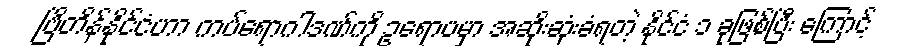
ဗြိတိန်နိုင်ငံဟာ ကပ်ရောဂါဒဏ်ကို ဥရောပမှာ အဆိုးဆုံးခံရတဲ့ နိုင်ငံ ၁ ခုဖြစ်ပြီး ကြောင့်